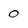
Character: 0